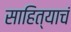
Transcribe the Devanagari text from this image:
साहित्याचं